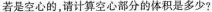
若是空心的，请计算空心部分的体积是多少?